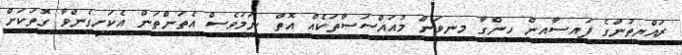
ރައްޔިތުންގެ ފައިސާއިން ހިންގާ މިނިވަން މުއައްސަސާތަކެއް އޮތް ނަމަވެސް އެތަންތަން އެކަށީގެންވާ ގޮތަކަށް